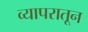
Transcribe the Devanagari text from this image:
व्यापरातून